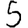
Digit: 5